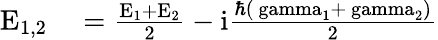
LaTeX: \begin{array}{rl}{\mathrm{E_{1,2}}}&{{}=\mathrm{\frac{E_{1}+E_{2}}{2}-i\frac{\hbar{(\ gamma_{1}+\ gamma_{2})}}{2}}}\end{array}